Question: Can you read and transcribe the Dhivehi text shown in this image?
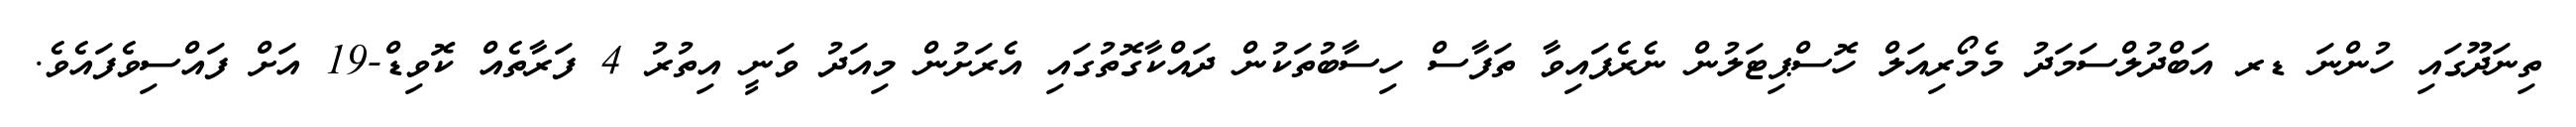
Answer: ތިނަދޫގައި ހުންނަ ޑރ އަބްދުލްސަމަދު މެމޯރިއަލް ހޮސްޕިޓަލުން ނެރެފައިވާ ތަފާސް ހިސާބުތަކުން ދައްކާގޮތުގައި އެރަށުން މިއަދު ވަނީ އިތުރު 4 ފަރާތެއް ކޮވިޑް-19 އަށް ފައްސިވެފައެވެ.